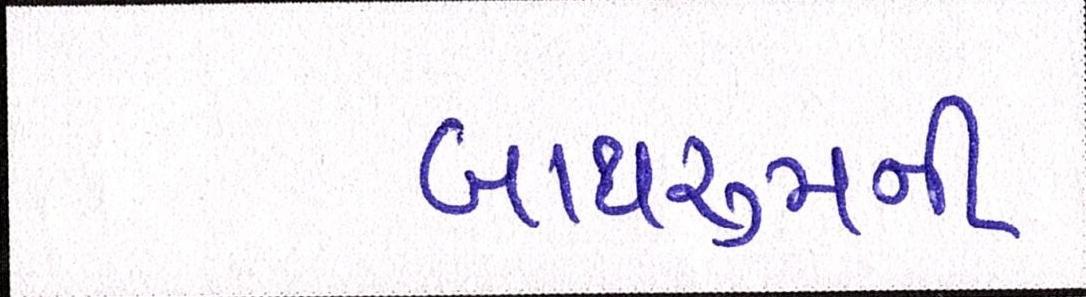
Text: બાથરૂમની